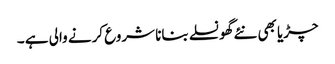
چڑیا بھی نئے گھونسلے بنانا شروع کرنے والی ہے ۔